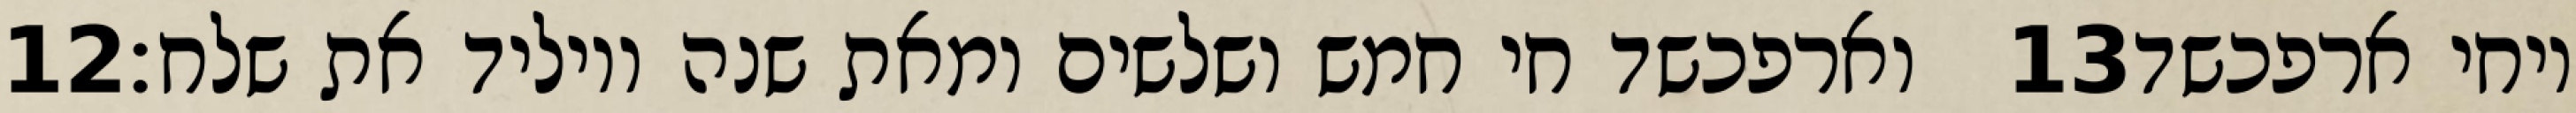
‎12‏ וארפכשד חי חמש ושלשים ומאת שנה ויוליד את שלח׃ ‎13‏ ויחי ארפכשד